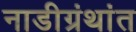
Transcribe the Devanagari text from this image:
नाडीग्रंथांत